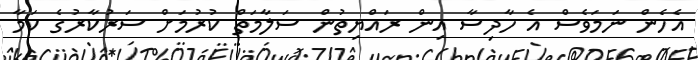
އެހެން ނަމަވެސް އެ ހާދިސާ އިން ރައްޔިތުން ސަލާމަތް ކުރުމަށް ސަރުކާރުގެ ކަމާ